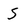
Character: S